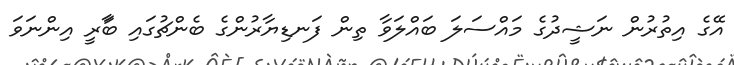
އޭގެ އިތުރުން ނަޝީދުގެ މައްސަލަ ބައްލަވާ ތިން ފަނޑިޔާރުންގެ ބެންޗުގައި ބަާރީ އިންނަވަ